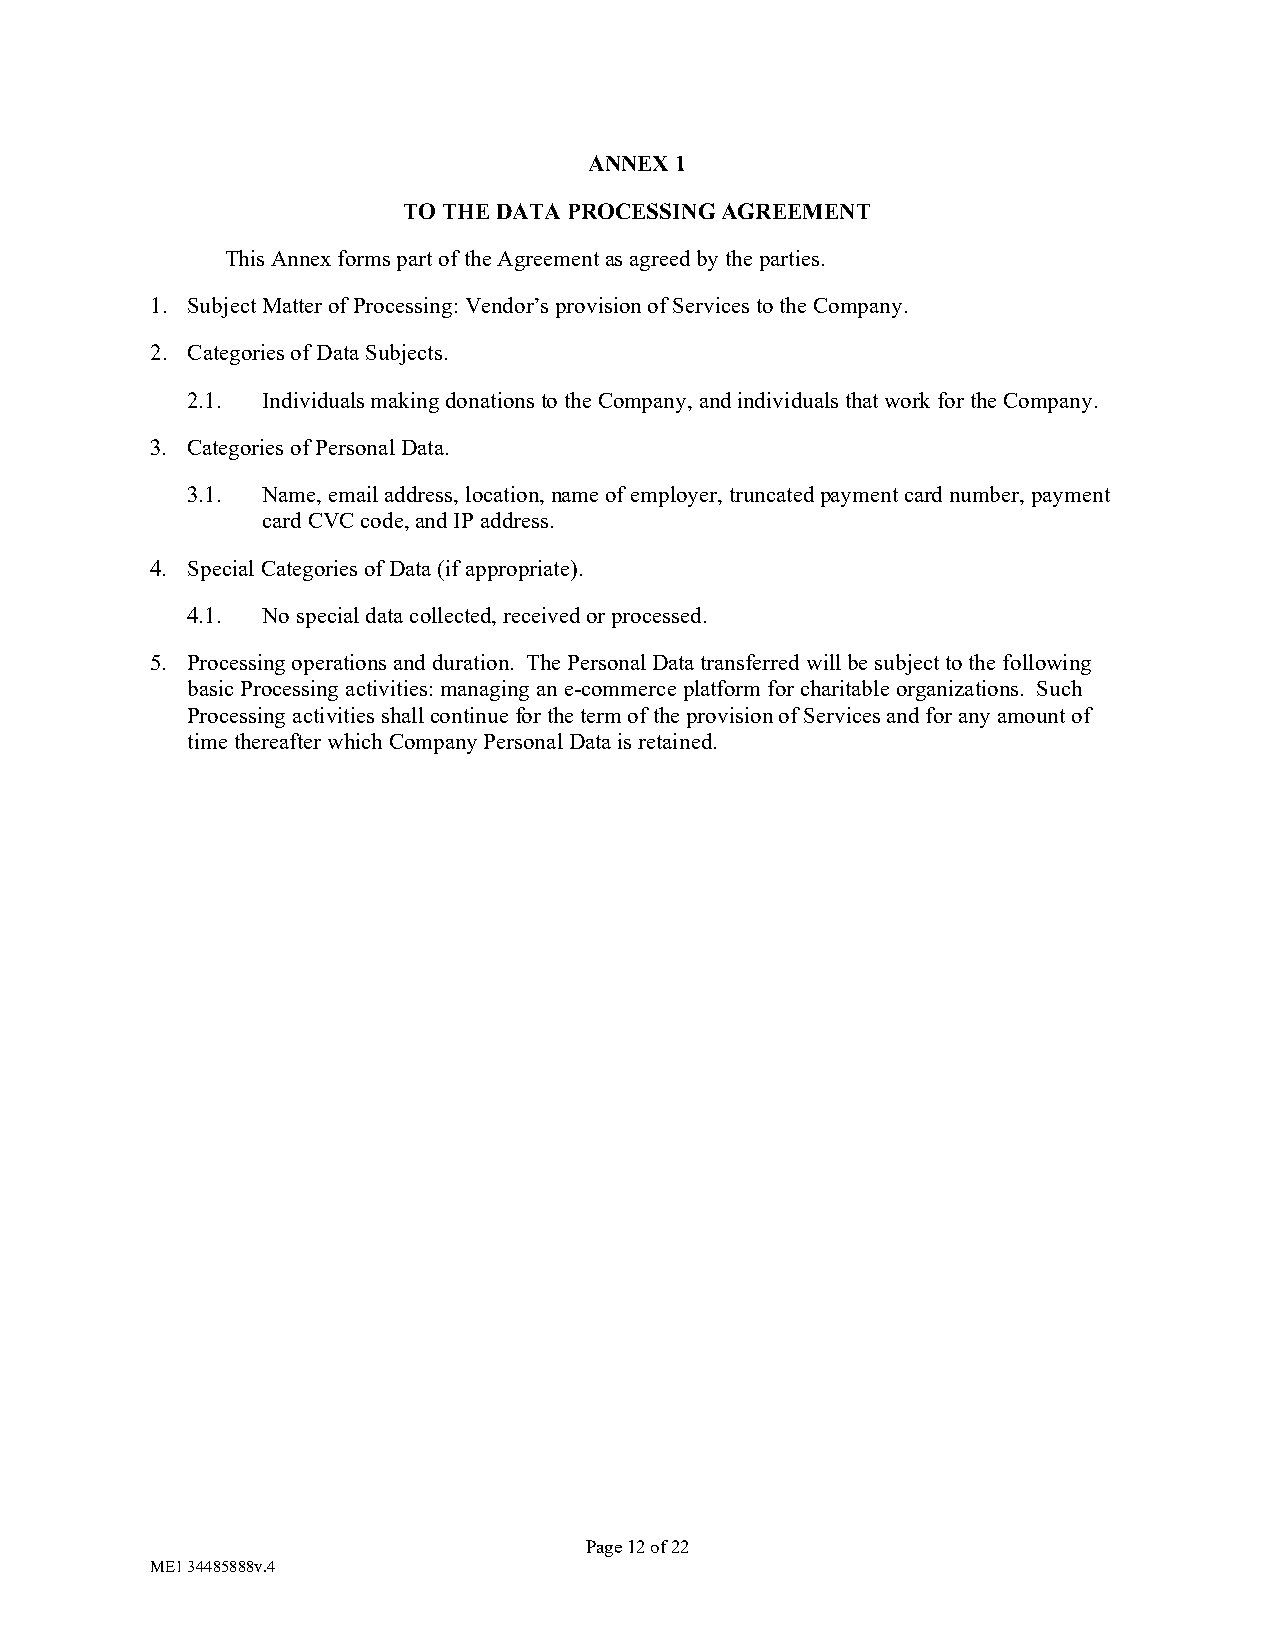
ANNEX 1
 TO THE DATA PROCESSING AGREEMENT
 This Annex forms part of the Agreement as agreed by the parties.
 1. Subject Matter of Processing: Vendor’s provision of Services to the Company.
 2. Categories of Data Subjects.
 2.1. Individuals making donations to the Company, and individuals that work for the Company.
 3. Categories of Personal Data.
 3.1. Name, email address, location, name of employer, truncated payment card number, payment
 card CVC code, and IP address.
 4. Special Categories of Data (if appropriate).
 4.1. No special data collected, received or processed.
 5. Processing operations and duration. The Personal Data transferred will be subject to the following
 basic Processing activities: managing an e-commerce platform for charitable organizations. Such
 Processing activities shall continue for the term of the provision of Services and for any amount of
 time thereafter which Company Personal Data is retained.
 Page 12 of 22
 ME1 34485888v.4